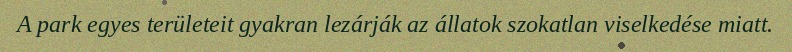
A park egyes területeit gyakran lezárják az állatok szokatlan viselkedése miatt.